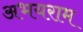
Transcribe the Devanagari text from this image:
अभयराम